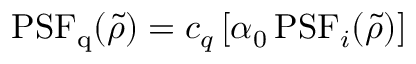
\mathrm { P S F } _ { \mathrm { q } } ( \tilde { \rho } ) = c _ { q } \left[ \alpha _ { 0 } \, \mathrm { P S F } _ { i } ( \tilde { \rho } ) \right]